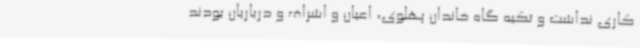
کاری نداشت و تکیه گاه خاندان پهلوی، اعیان و اشراف و درباریان بودند